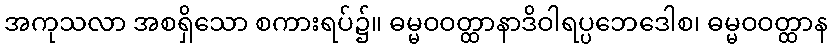
အကုသလာ အစရှိသော စကားရပ်၌။ ဓမ္မဝဝတ္ထာနာဒိဝါရပ္ပဘေဒေါစ၊ ဓမ္မဝဝတ္ထာန